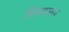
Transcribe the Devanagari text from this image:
विस्ताररूप